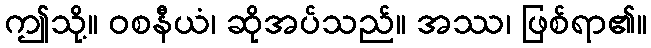
ဤသို့။ ဝစနီယံ၊ ဆိုအပ်သည်။ အဿ၊ ဖြစ်ရာ၏။